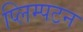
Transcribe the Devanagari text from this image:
प्लिम्पटन